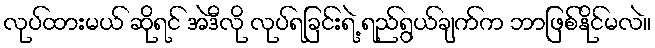
လုပ်ထားမယ် ဆိုရင် အဲဒီလို လုပ်ရခြင်းရဲ့ ရည်ရွယ်ချက်က ဘာဖြစ်နိုင်မလဲ။